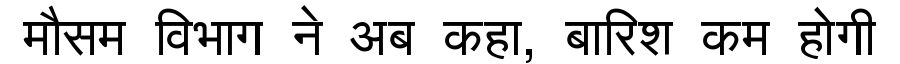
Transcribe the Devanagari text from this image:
मौसम विभाग ने अब कहा, बारिश कम होगी